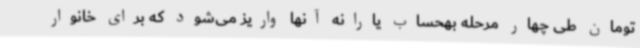
تومان طی چهار مرحله بهحساب یارانه آنها واریز می‌شود که برای خانوار